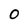
Character: O